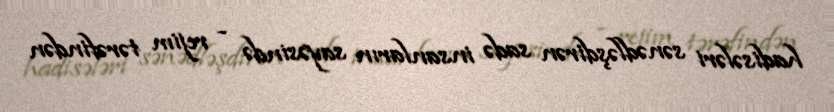
hadisələri sənədləşdirən sadə insanların sayəsində - rejim tərəfindən